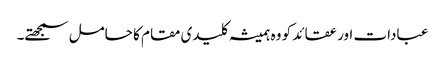
عبادات اور عقائد کو وہ ہمیشہ کلیدی مقام کا حامل سمجھتے۔